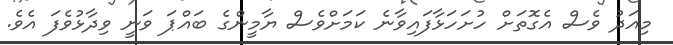
މިއަދު ވެސް އެގޮތަށް ހުށަހަޅާފައިވާނެ ކަމަށްވެސް ޔާމީންގެ ބައްޕަ ވަނީ ވިދާޅުވެފަ އެވެ.